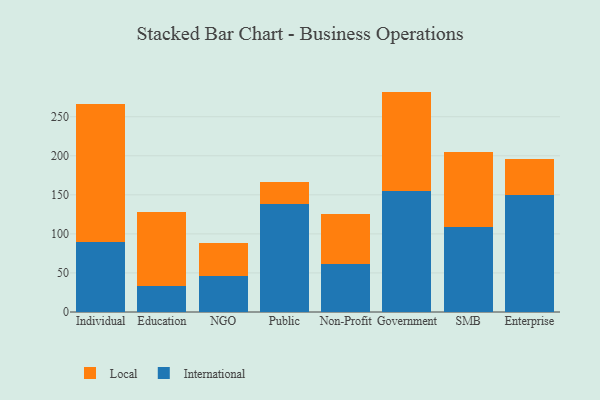
{"axis": {"x": "Segment", "y": "Satisfaction Score"}, "legend": ["International", "Local"], "data": [{"x": "Individual", "y": 89.7, "type": "International"}, {"x": "Individual", "y": 176.1, "type": "Local"}, {"x": "Education", "y": 33.6, "type": "International"}, {"x": "Education", "y": 94.3, "type": "Local"}, {"x": "NGO", "y": 46.5, "type": "International"}, {"x": "NGO", "y": 42.3, "type": "Local"}, {"x": "Public", "y": 137.8, "type": "International"}, {"x": "Public", "y": 29.1, "type": "Local"}, {"x": "Non-Profit", "y": 61.1, "type": "International"}, {"x": "Non-Profit", "y": 64.4, "type": "Local"}, {"x": "Government", "y": 154.9, "type": "International"}, {"x": "Government", "y": 127.3, "type": "Local"}, {"x": "SMB", "y": 108.9, "type": "International"}, {"x": "SMB", "y": 95.7, "type": "Local"}, {"x": "Enterprise", "y": 149.4, "type": "International"}, {"x": "Enterprise", "y": 46.0, "type": "Local"}]}